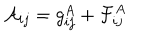
{ \cal A } _ { i j } = g _ { i j } ^ { A } + { \cal F } _ { i j } ^ { A }